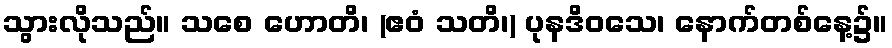
သွားလိုသည်။ သစေ ဟောတိ၊ (ဧဝံ သတိ၊) ပုနဒိဝသေ၊ နောက်တစ်နေ့၌။